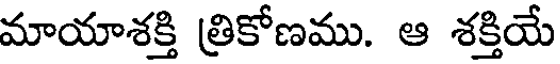
మాయాశక్తి త్రికోణము. ఆ శక్తియే